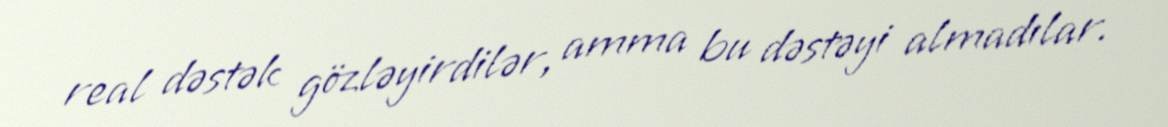
real dəstək gözləyirdilər, amma bu dəstəyi almadılar.